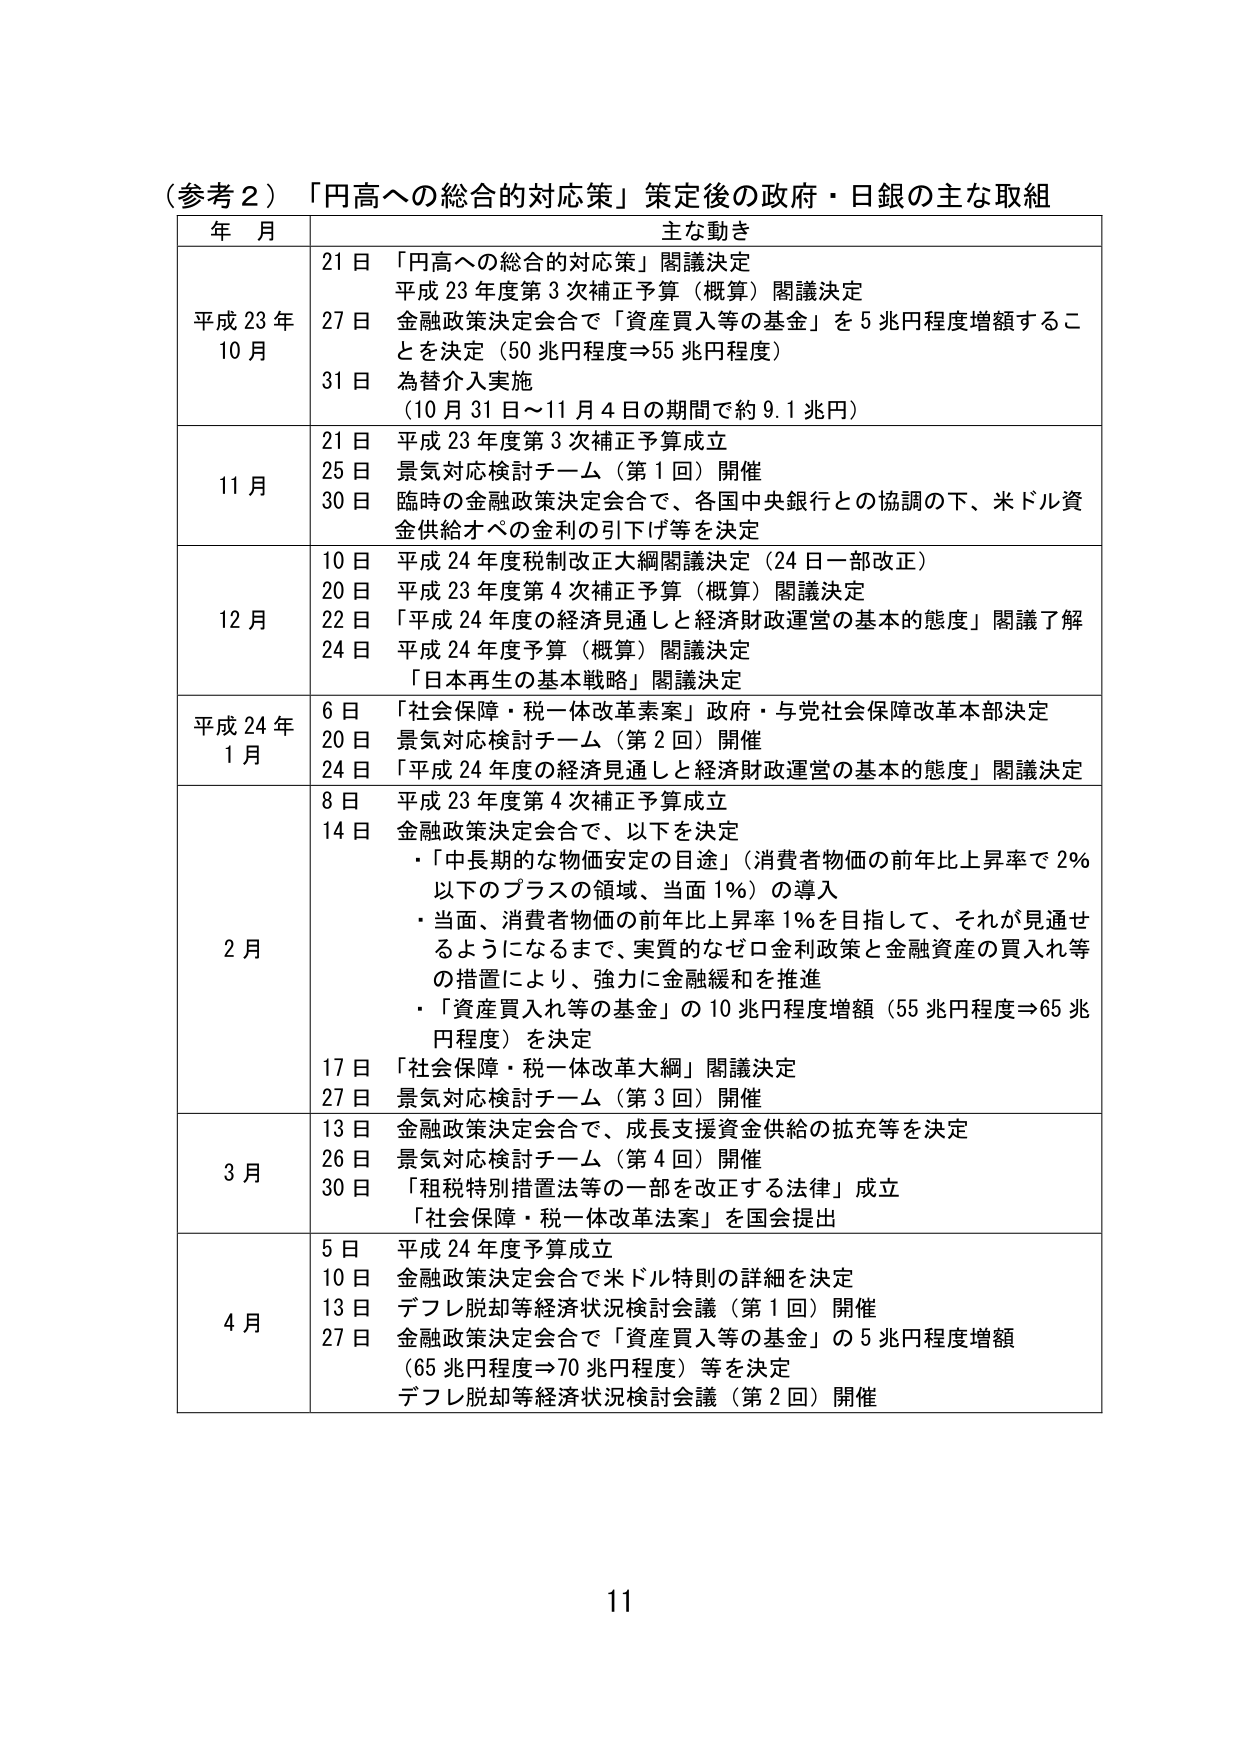
（参考２）「円高への総合的対応策」策定後の政府・日銀の主な取組

年月 主な動き

平成23年 10月
21日 「円高への総合的対応策」閣議決定
平成23年度第3次補正予算（概算）閣議決定
27日 金融政策決定会合で「資産買入等の基金」を5兆円程度増額することを決定（50兆円程度⇒55兆円程度）
31日 為替介入実施
（10月31日～11月4日の期間で約9.1兆円）

11月
21日 平成23年度第3次補正予算成立
25日 景気対応検討チーム（第1回）開催
30日 臨時の金融政策決定会合で、各国中央銀行との協調の下、米ドル資金供給オペの金利の引下げ等を決定

12月
10日 平成24年度税制改正大綱閣議決定（24日一部改正）
20日 平成23年度第4次補正予算（概算）閣議決定
22日 「平成24年度の経済見通しと経済財政運営の基本的態度」閣議了解
24日 平成24年度予算（概算）閣議決定
「日本再生の基本戦略」閣議決定

平成24年 1月
6日 「社会保障・税一体改革素案」政府・与党社会保障改革本部決定
20日 景気対応検討チーム（第2回）開催
24日 「平成24年度の経済見通しと経済財政運営の基本的態度」閣議決定

2月
8日 平成23年度第4次補正予算成立
14日 金融政策決定会合で、以下を決定
・「中長期的な物価安定の目途」（消費者物価の前年比上昇率で2％以下のプラスの領域、当面1％）の導入
・当面、消費者物価の前年比上昇率1％を目指して、それが見通せるようになるまで、実質的なゼロ金利政策と金融資産の買入れ等の措置により、強力に金融緩和を推進
・「資産買入れ等の基金」の10兆円程度増額（55兆円程度⇒65兆円程度）を決定
17日 「社会保障・税一体改革大綱」閣議決定
27日 景気対応検討チーム（第3回）開催

3月
13日 金融政策決定会合で、成長支援資金供給の拡充等を決定
26日 景気対応検討チーム（第4回）開催
30日 「租税特別措置法等の一部を改正する法律」成立
「社会保障・税一体改革法案」を国会提出

4月
5日 平成24年度予算成立
10日 金融政策決定会合で米ドル特則の詳細を決定
13日 デフレ脱却等経済状況検討会議（第1回）開催
27日 金融政策決定会合で「資産買入等の基金」の5兆円程度増額（65兆円程度⇒70兆円程度）等を決定
デフレ脱却等経済状況検討会議（第2回）開催

11